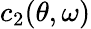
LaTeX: c_{2}(\theta,\omega)